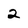
Character: 2